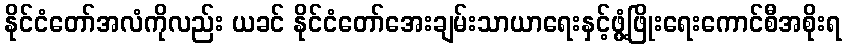
နိုင်ငံတော်အလံကိုလည်း ယခင် နိုင်ငံတော်အေးချမ်းသာယာရေးနှင့်ဖွံ့ဖြိုးရေးကောင်စီအစိုးရ